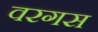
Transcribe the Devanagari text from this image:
वरगस